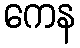
ကေန